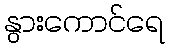
နွားကောင်ရေ